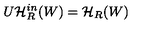
U \mathcal { H } _ { R } ^ { i n } ( W ) = \mathcal { H } _ { R } ( W )